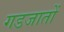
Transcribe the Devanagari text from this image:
गडजातों